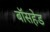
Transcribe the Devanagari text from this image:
बॉसहेड